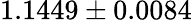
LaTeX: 1.1449\pm 0.0084